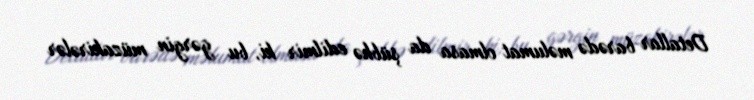
Detallar barədə məlumat olmasa da şübhə edilmir ki, bu gərgin müzakirələr